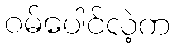
ဝမ်ပေါင်လဲ့က